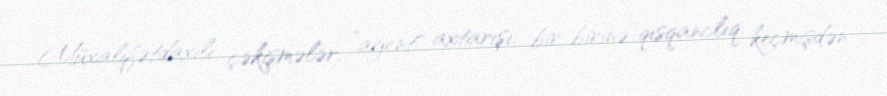
Müxalifətdaxili çəkişmələr, ”agent" axtarışı, bir-birinə qısqanclıq, keçmişdən